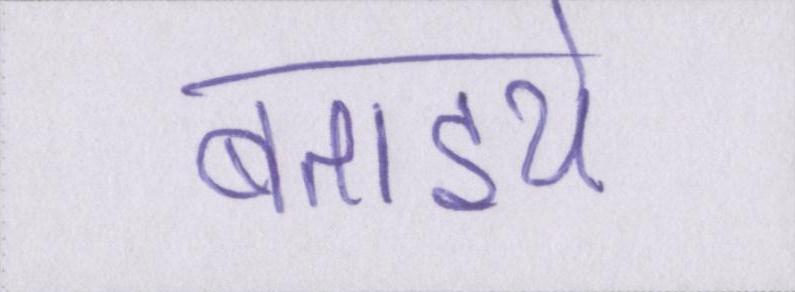
बताइये